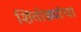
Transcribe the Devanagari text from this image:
शिंतोड्यांचा